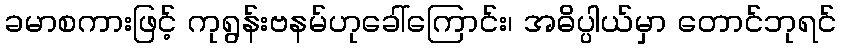
ခမာစကားဖြင့် ကုရွန်းဗနမ်ဟုခေါ်ကြောင်း၊ အဓိပ္ပါယ်မှာ တောင်ဘုရင်